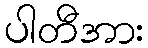
ပါတီအား